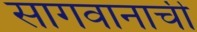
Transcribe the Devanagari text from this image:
सागवानाची